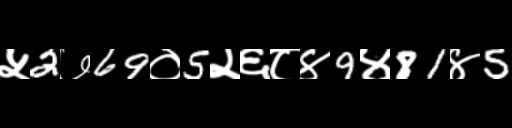
Text: ५2७69०5२६८४9४81४5